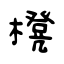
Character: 櫈